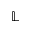
\mathbb { L }